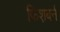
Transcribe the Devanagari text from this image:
फिश़बर्न